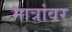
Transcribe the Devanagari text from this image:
मात्रांवर